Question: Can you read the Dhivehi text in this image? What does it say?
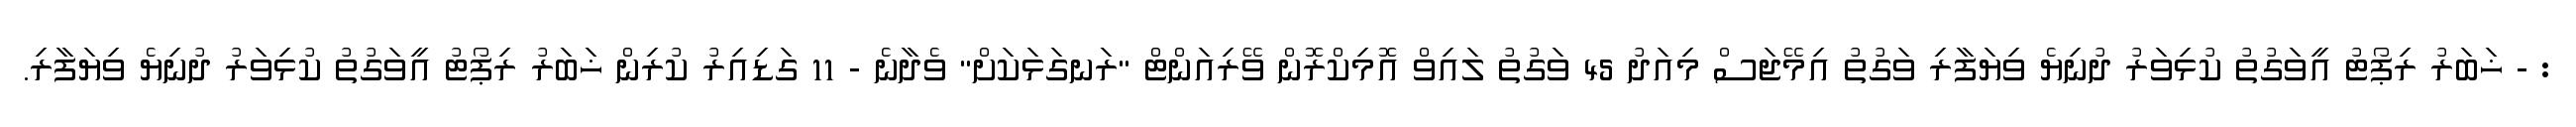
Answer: : - ޚަބަރު ރިޕޯޓު އީވަގުތު ކުޅިވަރު ދުނިޔެ ވިޔަފާރި ވަގުތު އިމޭޖަސް މިއަދު 45 ވަގުތު ލައިވް އޮމިކްރޮން ވޭރިއަންޓް "ރަނގަޅަކަށް" ވެދާނެ - 11 ގަޑިއިރު ކުރިން ޚަބަރު ރިޕޯޓު އީވަގުތު ކުޅިވަރު ދުނިޔެ ވިޔަފާރި.